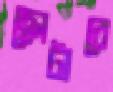
ছোটাবে